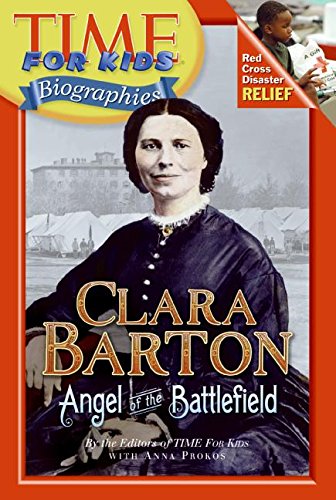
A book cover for Time For Kids: Clara Barton: Angel of the Battlefield (Time for Kids Biographies); Editors of TIME For Kids; Children's Books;